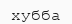
хубба